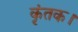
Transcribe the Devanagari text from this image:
कृंतक।